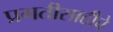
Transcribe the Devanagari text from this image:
प्रगतीसाठीचे